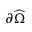
\partial \widehat \Omega